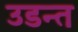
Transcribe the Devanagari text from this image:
उडन्त